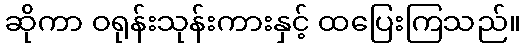
ဆိုကာ ဝရုန်းသုန်းကားနှင့် ထပြေးကြသည်။